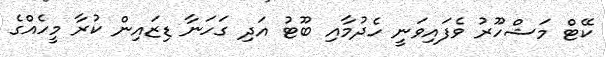
ކޭޓް މަޝްހޫރު ވެފައިވަނީ ހެދުމާއި ބޫޓު އަދި ގަހަނާ ޑިޒައިން ކުރާ މީހެއްގެ